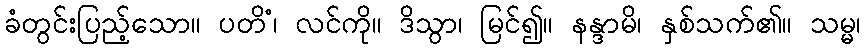
ခံတွင်းပြည့်သော။ ပတိံ၊ လင်ကို။ ဒိသွာ၊ မြင်၍။ နန္ဒာမိ၊ နှစ်သက်၏။ သမ္မ၊